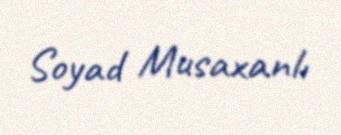
Soyad Musaxanlı